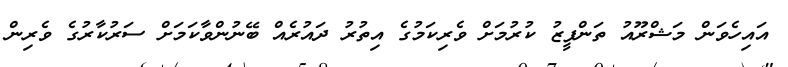
އައިހެވަން މަޝްރޫއު ތަންފީޒު ކުރުމަށް ވެރިކަމުގެ އިތުރު ދައުރެއް ބޭނުންވާކަމަށް ސަރުކާރުގެ ވެރިން